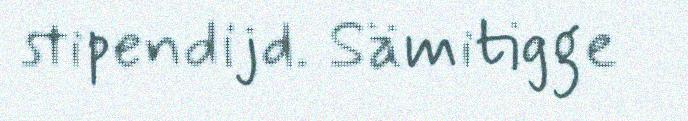
stipendijd. Sämitigge